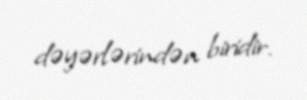
dəyərlərindən biridir.